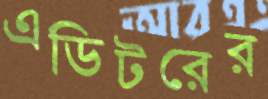
এডিটরের